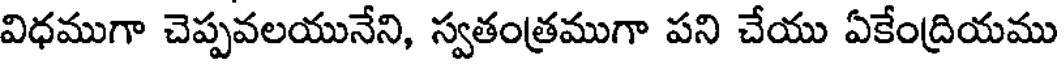
విధముగా చెప్పవలయునేని, స్వతంత్రముగా పని చేయు ఏకేంద్రియము